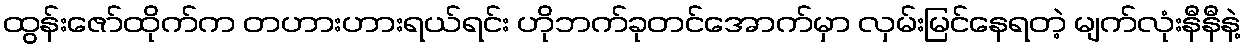
ထွန်းဇော်ထိုက်က တဟားဟားရယ်ရင်း ဟိုဘက်ခုတင်အောက်မှာ လှမ်းမြင်နေရတဲ့ မျက်လုံးနီနီနဲ့